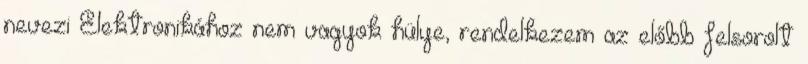
nevezi Elektronikához nem vagyok hülye, rendelkezem az előbb felsorolt